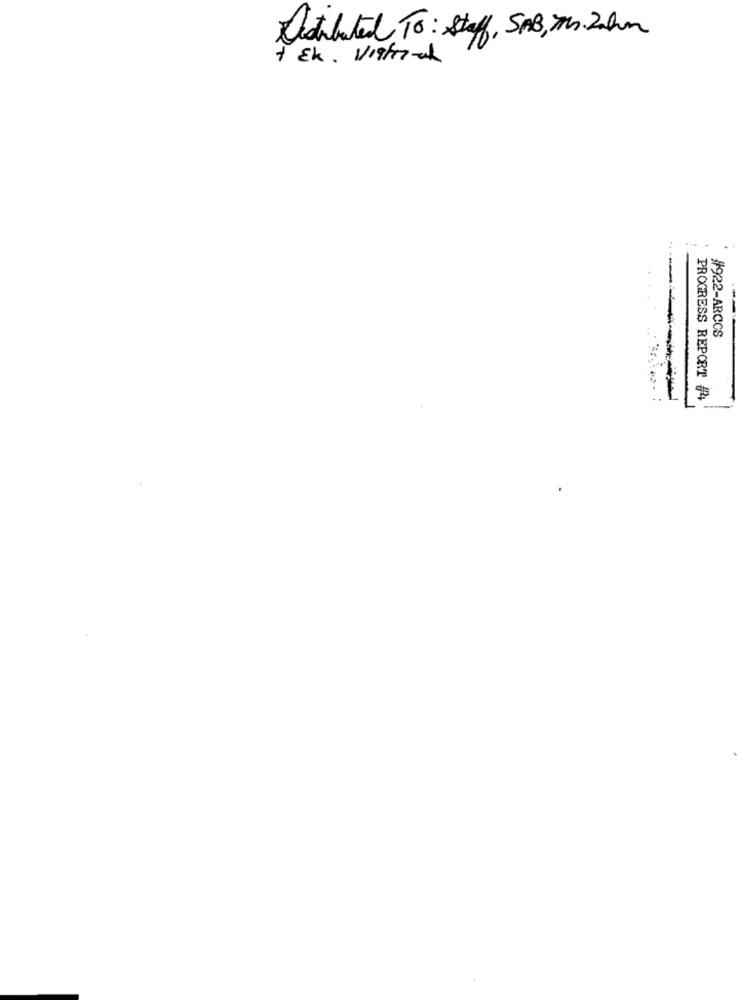
Destituted To: Staff, SAB, Th. 2 km
...
#922-ARCOS
PROGRESS REPORT #